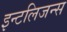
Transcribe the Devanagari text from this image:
इन्टलिजन्स